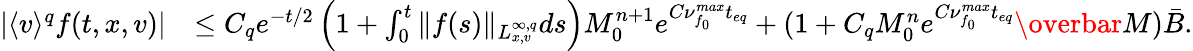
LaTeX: \begin{array}{rl}{\vert\langle v\rangle^{q}f(t,x,v)\vert}&{\leq C_{q}e^{-t/2}\left(1+\int_{0}^{t}\Vert f(s)\Vert_{L_{x,v}^{\infty,q}}ds\right)M_{0}^{n+1}e^{C\nu_{f_{0}}^{max}t_{eq}}+(1+C_{q}M_{0}^{n}e^{C\nu_{f_{0}}^{max}t_{eq}}\overbar{M})\bar{B}.}\end{array}